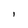
Character: i